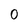
Character: 0